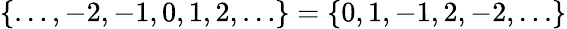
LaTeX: \{ \ldots,-2,-1,0,1,2,\ldots\} =\{ 0,1,-1,2,-2,\ldots\}